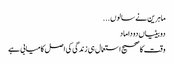
ماہرین نے سالوں ...
دوبیٹیاں دوداماد
وقت کا صحیح استعمال ہی زندگی کی اصل کامیابی ہے